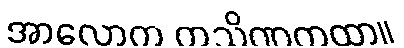
အာလောက ကသိဏကထာ။